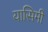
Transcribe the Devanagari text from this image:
यासिमी